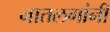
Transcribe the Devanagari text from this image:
नातलगांनी